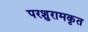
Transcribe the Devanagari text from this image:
परशुरामकृत